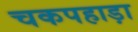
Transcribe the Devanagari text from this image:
चकपहाड़ा